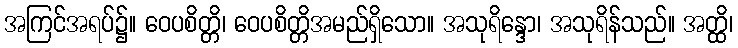
အကြင်အရပ်၌။ ဝေပစိတ္တိ၊ ဝေပစိတ္တိအမည်ရှိသော။ အသုရိန္ဒော၊ အသုရိန်သည်။ အတ္ထိ၊